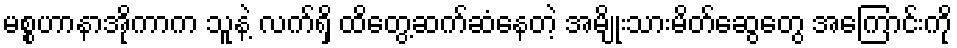
မစ္စဟာနာအိုကာက သူနဲ့ လက်ရှိ ထိတွေ့ဆက်ဆံနေတဲ့ အမျိုးသားမိတ်ဆွေတွေ အကြောင်းကို